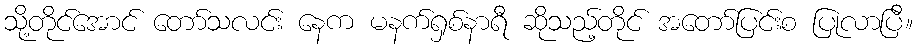
သို့တိုင်အောင် တော်သလင်း နေက မနက်ရှစ်နာရီ ဆိုသည့်တိုင် အတော်ပြင်းစ ပြုလာပြီ။